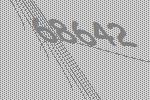
68642